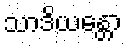
သာဒိယန္တော